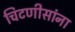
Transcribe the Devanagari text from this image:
चिटणीसांना